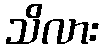
သိလား